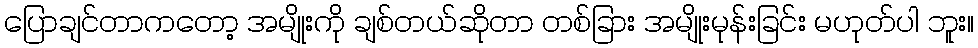
ပြောချင်တာကတော့ အမျိုးကို ချစ်တယ်ဆိုတာ တစ်ခြား အမျိုးမုန်းခြင်း မဟုတ်ပါ ဘူး။